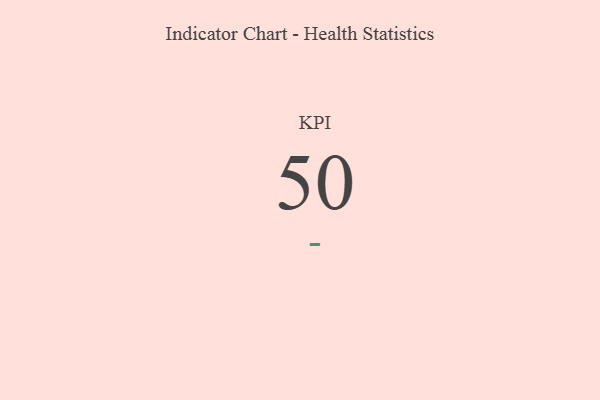
{"axis": {"x": "KPI", "y": "Value"}, "legend": [""], "data": [{"x": "KPI", "y": 50, "type": ""}]}